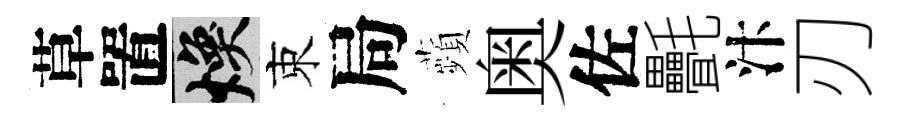
草置焕束局蘋奥佐㲲汴刃